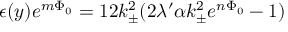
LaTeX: \epsilon ( y ) e ^ { m \Phi _ { 0 } } = 1 2 k _ { \pm } ^ { 2 } ( 2 \lambda ^ { \prime } \alpha k _ { \pm } ^ { 2 } e ^ { n \Phi _ { 0 } } - 1 )